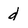
Character: d